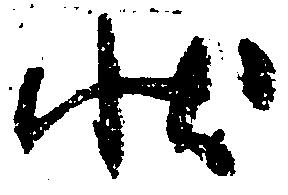
状